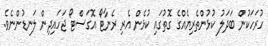
ހުރަހަކުން ބަދަލު ކުޅުންތެރިޔެއްގެ ގޮތުގައި ކުޅެން އެރި ރެނާޓޯ އޮގަސްޓޯ ޖަހައިދިން ލަނޑުންނެވެ.